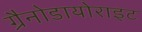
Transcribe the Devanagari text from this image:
ग्रैनोडायोराइट